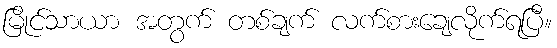
မြိုင်သာယာ အတွက် တစ်ချက် လက်စားချေလိုက်ရပြီ။